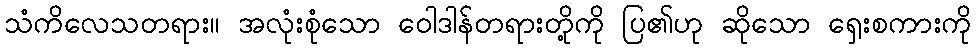
သံကိလေသတရား။ အလုံးစုံသော ဝေါဒါန်တရားတို့ကို ပြ၏ဟု ဆိုသော ရှေးစကားကို